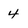
Character: 4